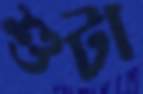
শুটা